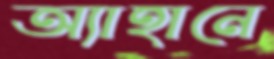
অ্যাহানে